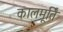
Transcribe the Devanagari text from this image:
कालमूर्तिं